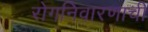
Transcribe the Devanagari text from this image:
रोगनिवारणाची